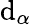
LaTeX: \mathrm{d}_{\alpha}